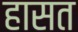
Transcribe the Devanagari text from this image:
हासत